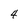
Character: 4